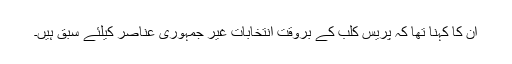
ان کا کہنا تھا کہ پریس کلب کے بروقت انتخابات غیر جمہوری عناصر کیلئے سبق ہیں۔